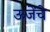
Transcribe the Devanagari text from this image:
ऊजेंचे